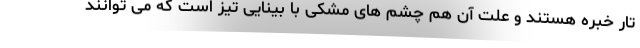
تار خبره هستند و علت آن هم چشم های مشکی با بینایی تیز است که می توانند